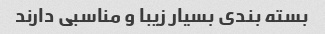
بسته بندی بسیار زیبا و مناسبی دارند